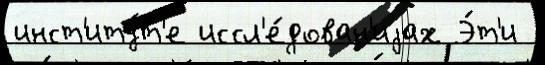
инст'иту́т'е иссл'е́дован'иjах Э́т'и